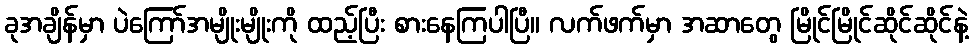
ခုအချိန်မှာ ပဲကြော်အမျိုးမျိုးကို ထည့်ပြီး စားနေကြပါပြီ။ လက်ဖက်မှာ အဆာတွေ မြိုင်မြိုင်ဆိုင်ဆိုင်နဲ့